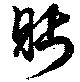
眄